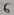
Text: 6